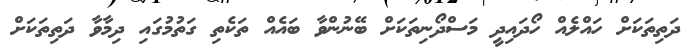
ދަތިތަކަށް ހައްލެއް ހޯދައިދީ މަސްދޯނިތަކަށް ބޭނުންވާ ބައެއް ތަކެތި ގަތުމުގައި ދިމާވާ ދަތިތަކަށް